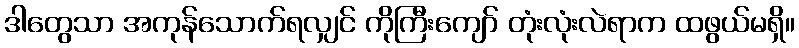
ဒါတွေသာ အကုန်သောက်ရလျှင် ကိုကြီးကျော် တုံးလုံးလဲရာက ထဖွယ်မရှိ။